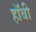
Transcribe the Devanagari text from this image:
हाॅबी